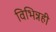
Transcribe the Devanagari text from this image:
विभिन्नही